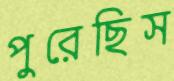
পুরেছিস